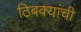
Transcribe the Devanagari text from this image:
ठिबक्यांची